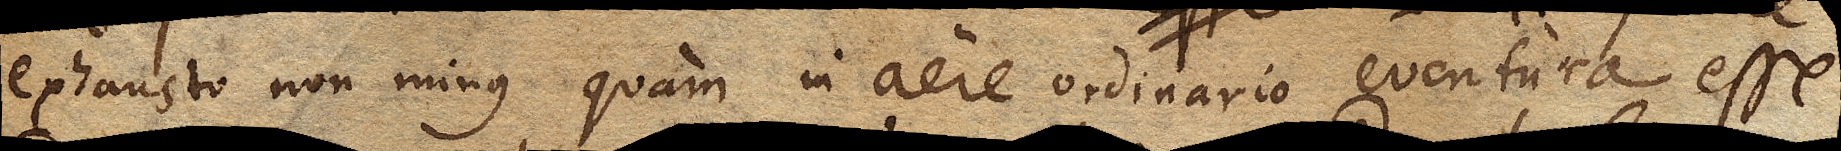
exhausto non minus quam in aere ordinario eventura esse.